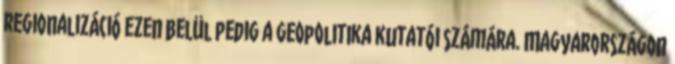
regionalizáció ezen belül pedig a geopolitika kutatói számára. Magyarországon